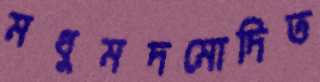
মধুমদমোদিত